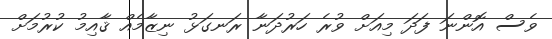
ވެސް އޮންނަ ފަދަ މިއަށް ވުރެ ހަރުދަނާ ރަނގަޅު ނިޒާމެއް ޤާއިމު ކުރުމަށް